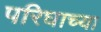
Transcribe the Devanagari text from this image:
परिघाच्या